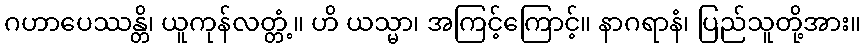
ဂဟာပေဿန္တိ၊ ယူကုန်လတ္တံ့။ ဟိ ယသ္မာ၊ အကြင့်ကြောင့်။ နာဂရာနံ၊ ပြည်သူတို့အား။